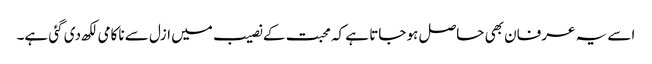
اسے یہ عرفان بھی حاصل ہو جاتا ہے کہ محبت کے نصیب میں ازل سے ناکامی لکھ دی گئی ہے۔